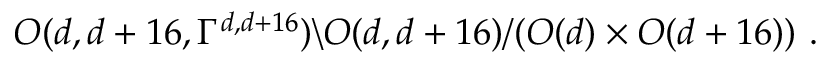
O ( d , d + 1 6 , \Gamma ^ { d , d + 1 6 } ) \backslash O ( d , d + 1 6 ) / ( O ( d ) \times O ( d + 1 6 ) ) ~ .